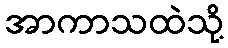
အာကာသထဲသို့